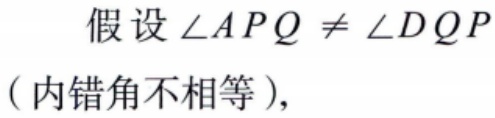
假设 $\angle APQ \neq \angle DQP$（内错角不相等），